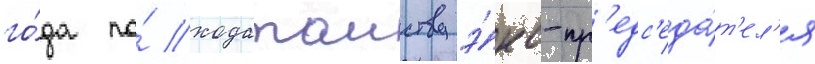
го́да по́ ходатаиству э́кс-пр'едс'еда́т'ел'я